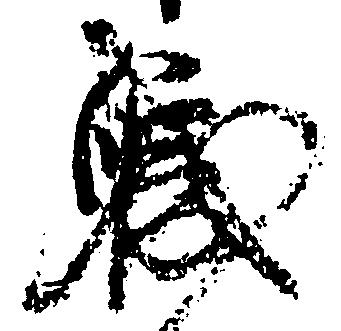
職